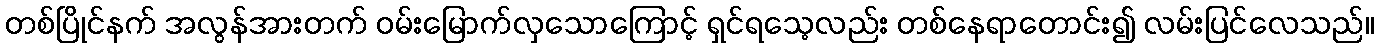
တစ်ပြိုင်နက် အလွန်အားတက် ဝမ်းမြောက်လှသောကြောင့် ရှင်ရသေ့လည်း တစ်နေရာတောင်း၍ လမ်းပြင်လေသည်။